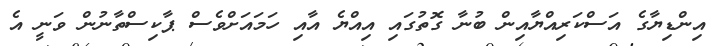
އިންޑިޔާގެ އަސްކަރިއްޔާއިން ބުނާ ގޮތުގައި އިއްޔެ އާއި ހަމައަށްވެސް ޕާކިސްތާނުން ވަނީ އެ